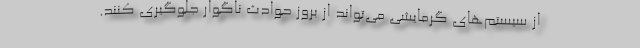
از سیستم‌های گرمایشی می‌تواند از بروز حوادث ناگوار جلوگیری کنند.